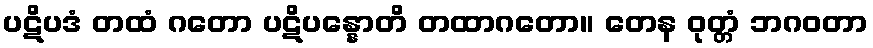
ပဋိပဒံ တထံ ဂတော ပဋိပန္နောတိ တထာဂတော။ တေန ဝုတ္တံ ဘဂဝတာ